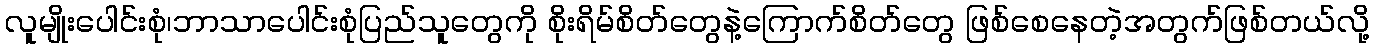
လူမျိုးပေါင်းစုံ၊ဘာသာပေါင်းစုံပြည်သူတွေကို စိုးရိမ်စိတ်တွေနဲ့ကြောက်စိတ်တွေ ဖြစ်စေနေတဲ့အတွက်ဖြစ်တယ်လို့